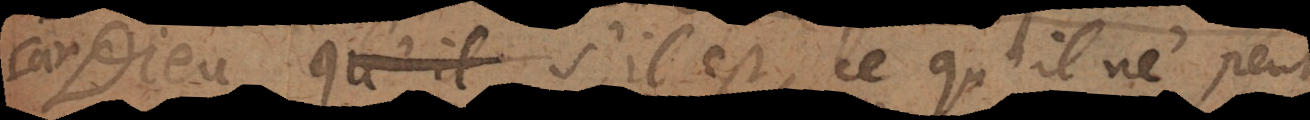
Car Dieu s’il est, ce qu’il ne peut